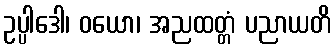
ဥပ္ပါဒေါ၊ ဝယော၊ အညထတ္တံ ပညာယတိ